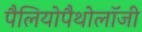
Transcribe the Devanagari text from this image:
पैलियोपैथोलॉजी